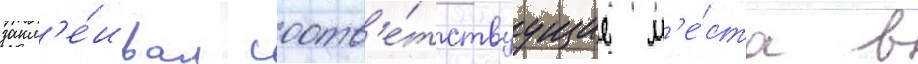
закл'е́ивал соотв'е́тствуущие м'е́ста в